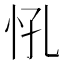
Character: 𢗵